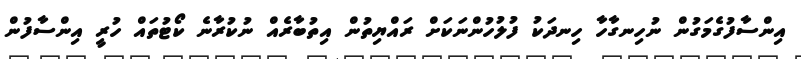
އިންސާފުގެމަގުން ނުހިނގާހާ ހިނދަކު ފުލުހުންނަކަށް ރައްޔިތުން އިތުބާރެއް ނުކުރާނެ ކޯޓުތައް ހުރީ އިންސާފުން